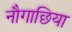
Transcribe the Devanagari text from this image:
नौगाछिया